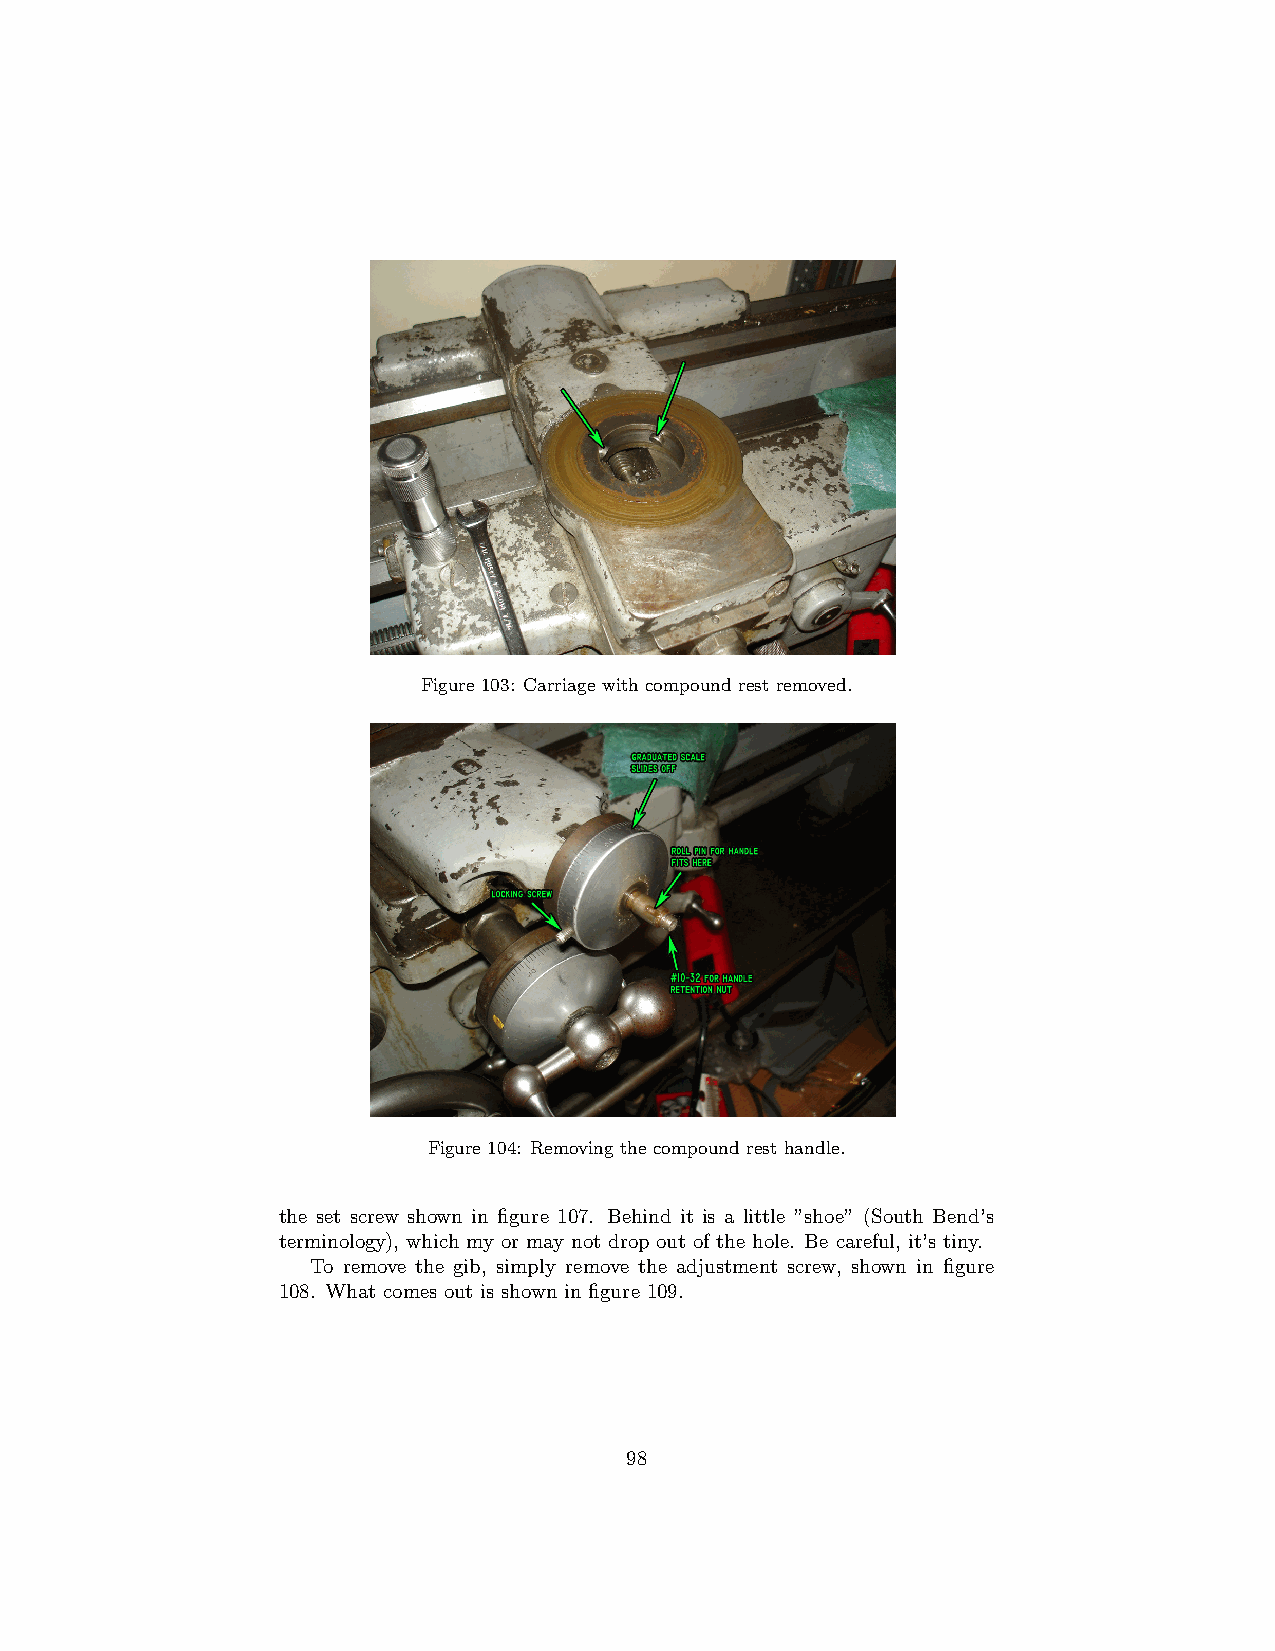
Figure 103: Carriage with compound rest removed.
 Figure 104: Removing the compound rest handle.
 the set screw shown in figure 107. Behind it is a little ”shoe” (South Bend’s
 terminology), which my or may not drop out of the hole. Be careful, it’s tiny.
 To remove the gib, simply remove the adjustment screw, shown in figure
 108. What comes out is shown in figure 109.
 98